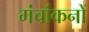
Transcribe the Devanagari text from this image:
मंचांकनों